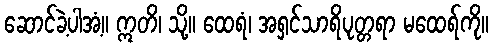
ဆောင်ခဲ့ပါအံ့။ ဣတိ၊ သို့။ ထေရံ၊ အရှင်သာရိပုတ္တရာ မထေရ်ကို။